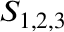
S _ { 1 , 2 , 3 }